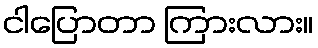
ငါပြောတာ ကြားလား။